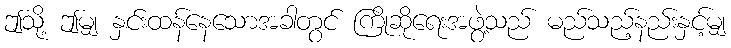
ဤသို့ ဤမျှ နှင်းထန်နေသောအခါတွင် ကြိုဆိုရေးအဖွဲ့သည် မည်သည့်နည်းနှင့်မျှ